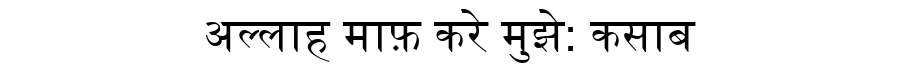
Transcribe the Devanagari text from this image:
अल्लाह माफ़ करे मुझे: कसाब